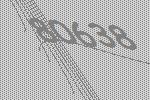
80638